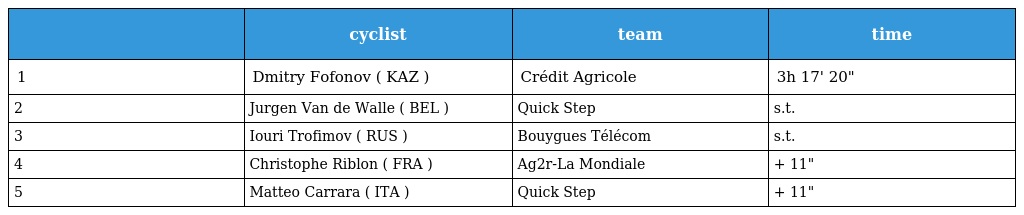
|  | cyclist | team | time |
 | --- | --- | --- | --- |
 | 1 | Dmitry Fofonov ( KAZ ) | Crédit Agricole | 3h 17' 20" |
 | 2 | Jurgen Van de Walle ( BEL ) | Quick Step | s.t. |
 | 3 | Iouri Trofimov ( RUS ) | Bouygues Télécom | s.t. |
 | 4 | Christophe Riblon ( FRA ) | Ag2r-La Mondiale | + 11" |
 | 5 | Matteo Carrara ( ITA ) | Quick Step | + 11" |